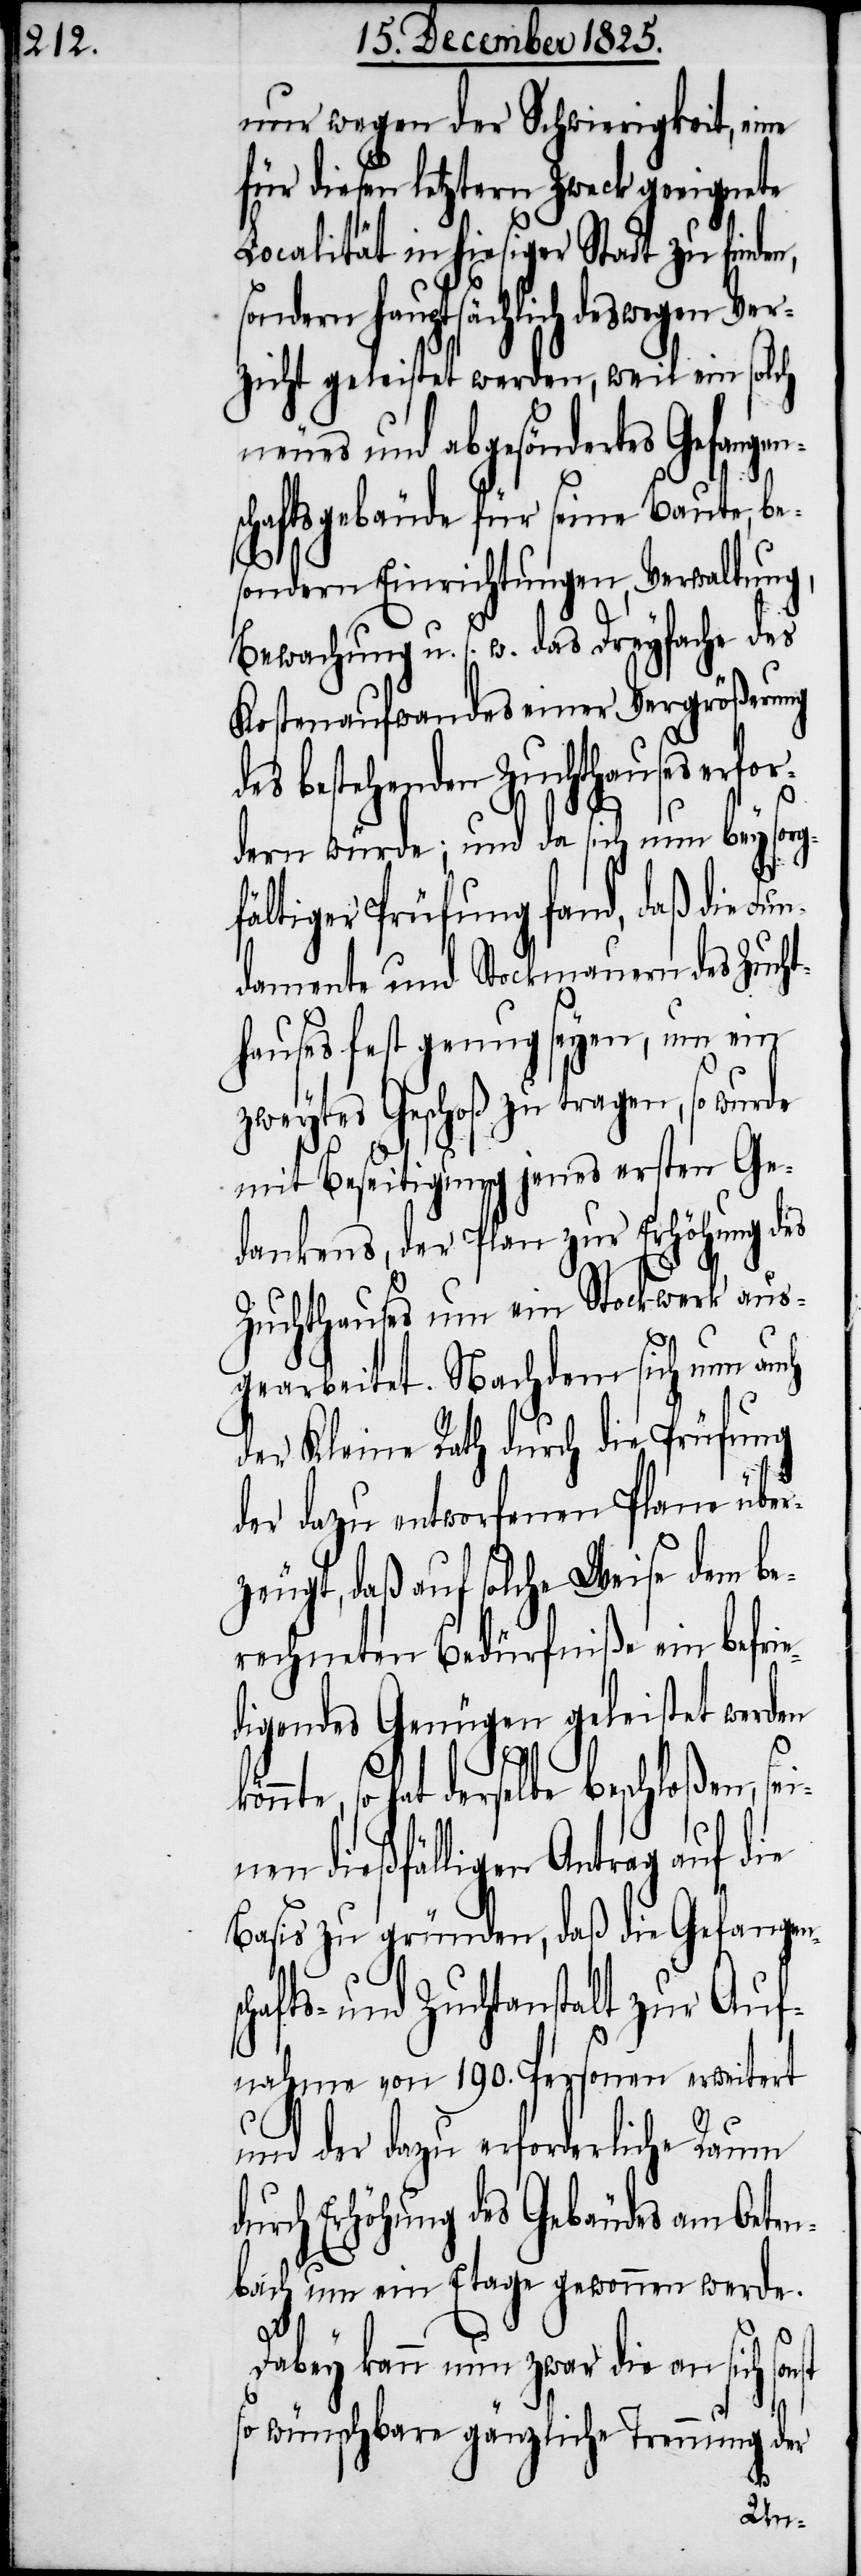
nur wegen der Schwierigkeit, eine
für diesen letztern Zweck geeignete
Localität in hiesiger Stadt zu finden,
sondern hauptsächlich deswegen Ver¬
zicht geleistet werden, weil ein solch
neues und abgesöndertes Gefange¬
chaftsgebäude für seine Baute, be¬
sondern Einrichtungen, Verwaltung,
Bewachung u. s. w. das Dreyfache des
Kostenaufwandes einer Vergrößerung
bestehenden Zuchthauses er¬
dern würde; und da sich nun bey sorgf¬
ältiger Prüfung fand, daß die Fu¬
ndamente und Stockmauern des Zuch¬
thauses fest genug seyen, um ein
zweytes Geschoß zu tragen, so wurde
mit Beseitigung jenes ersten Ge¬
dankens der Plan zur Erhöhung des
Zuchthauses um ein Stockwerk aus¬
st
gearbeitet. Nachdem sich nun auch
der Kleine Rath durch die Prüfung
der dazu entworfenen Plane übe¬
rzeugt, daß auf solche Weise dem be¬
rechneten Bedürfniße ein befri¬
digendes Genügen geleistet werden
so hat derselbe beschloßen,
dießfälligen Antrag auf die
Basis zu gründen, daß die Gefangens¬
chafts- und Zuchtanstalt zur Auf¬
nahme von 190. Personen erweitert
und der dazu erforderliche Raum d¬
urch Erhöhung des Gebäudes am Oete¬
nbach um ein Etage gewonnen werde.
Dabey kann nun zwar die an sich son¬
so wünschbare gänzliche Trennung der